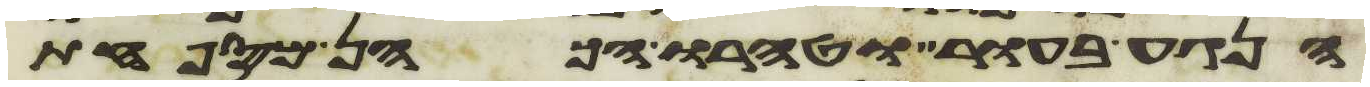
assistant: הנגע בעור וטהרו הכהן המספחת